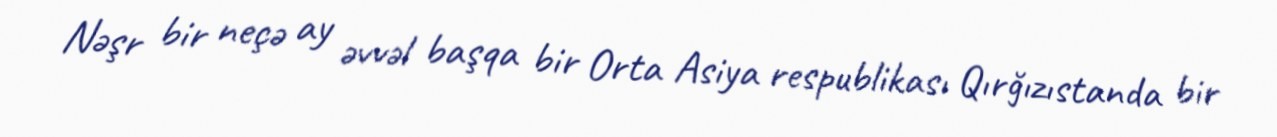
Nəşr bir neçə ay əvvəl başqa bir Orta Asiya respublikası Qırğızıstanda bir